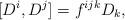
LaTeX: \begin{align*}[ D^i, D^j ] = f^{ijk}D_k, \end{align*}